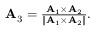
\begin{array} { r } { { \bf { A } } _ { 3 } = \frac { { \bf { A } } _ { 1 } \times { \bf { A } } _ { 2 } } { \| { \bf { A } } _ { 1 } \times { \bf { A } } _ { 2 } \| } . } \end{array}